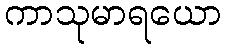
ကာသုမာရယော